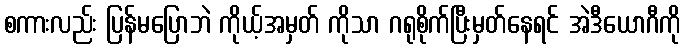
စကားလည်း ပြန်မပြောဘဲ ကိုယ့်အမှတ် ကိုသာ ဂရုစိုက်ပြီးမှတ်နေရင် အဲဒီယောဂီကို